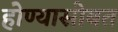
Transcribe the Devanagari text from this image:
होण्यासोबत